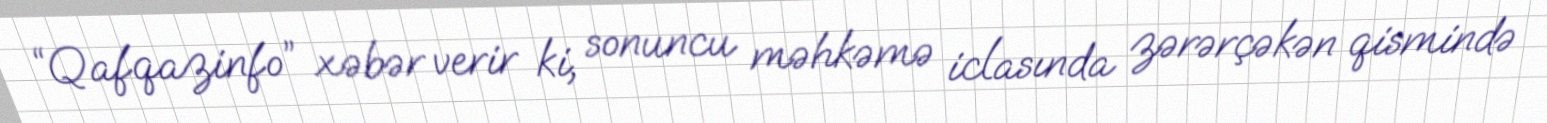
“Qafqazinfo” xəbər verir ki, sonuncu məhkəmə iclasında zərərçəkən qismində